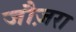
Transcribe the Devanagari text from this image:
जौज़रा